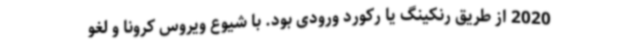
2020 از طریق رنکینگ یا رکورد ورودی بود. با شیوع ویروس کرونا و لغو